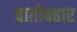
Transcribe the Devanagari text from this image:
बाग़ोबहार